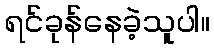
ရင်ခုန်နေခဲ့သူပါ။